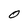
Character: O